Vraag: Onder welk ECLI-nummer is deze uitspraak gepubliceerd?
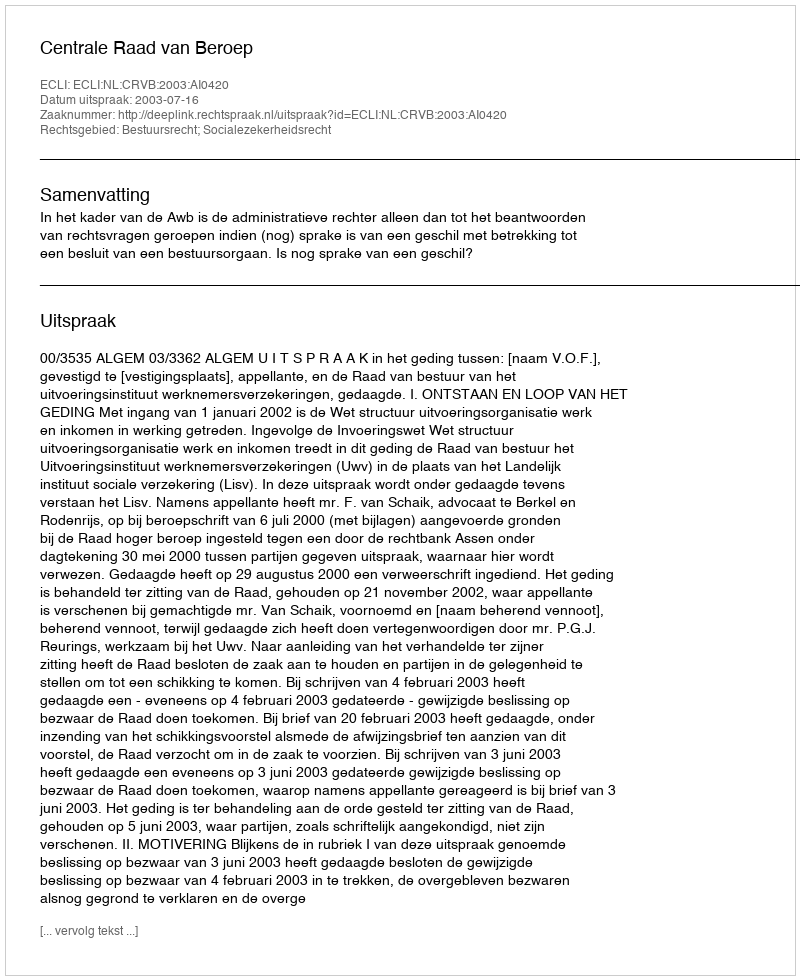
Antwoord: ECLI:NL:CRVB:2003:AI0420